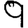
Digit: 9